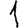
Digit: 1